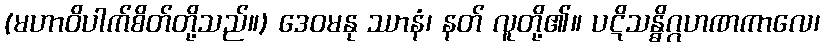
(မဟာဝိပါက်စိတ်တို့သည်။) ဒေဝမနု ဿာနံ၊ နတ် လူတို့၏။ ပဋိသန္ဓိဂ္ဂဟဏကာလေ၊